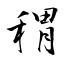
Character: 稩